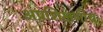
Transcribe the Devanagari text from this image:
अप्रशिक्षणीय